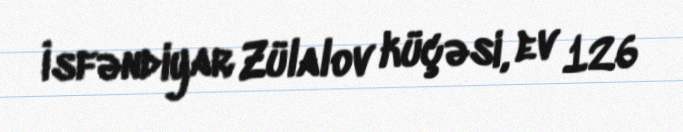
İsfəndiyar Zülalov küçəsi, ev 126